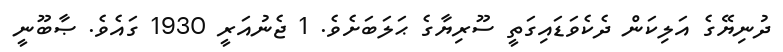
ދުނިޔޭގެ އަލިކަން ދެކެވަޑައިގަތީ ސޫރިޔާގެ ޙަލަބަށެވެ. 1 ޖެނުއަރީ 1930 ގައެވެ. ޞާބޫނީ